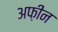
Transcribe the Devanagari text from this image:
अफ़ीन